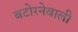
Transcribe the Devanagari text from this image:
बटोरनेवाली